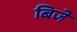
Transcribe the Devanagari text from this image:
बिजे